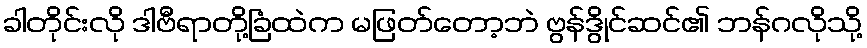
ခါတိုင်းလို ဒါဗီရာတို့ခြံထဲက မဖြတ်တော့ဘဲ ဗွန်ဒွိုင်ဆင်၏ ဘန်ဂလိုသို့